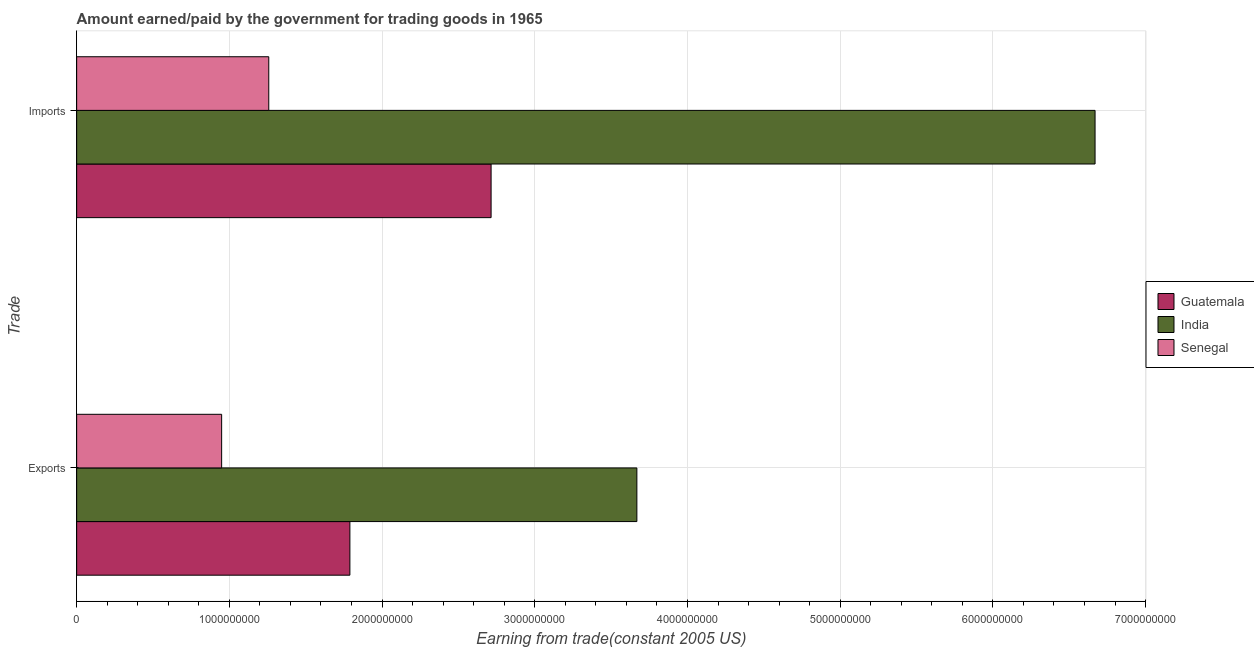
| Trade | Guatemala | India | Senegal |
 | --- | --- | --- | --- |
 | Exports | 1.79e+09 | 3.67e+09 | 9.49e+08 |
 | Imports | 2.71e+09 | 6.67e+09 | 1.26e+09 |